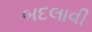
બદલાવી